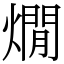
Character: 燗